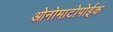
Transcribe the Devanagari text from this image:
ओनोमाटोपोईक